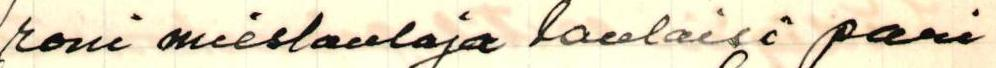
roni mieslaulaja laulaisi pari